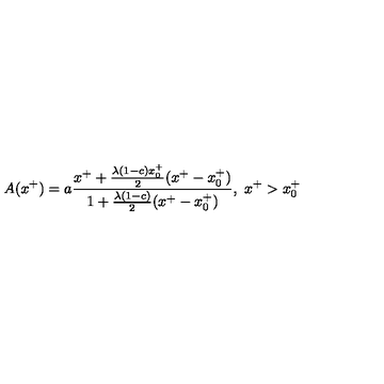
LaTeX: A ( x ^ { + } ) = a { \frac { x ^ { + } + { \frac { \lambda ( 1 - c ) x _ { 0 } ^ { + } } { 2 } } ( x ^ { + } - x _ { 0 } ^ { + } ) } { 1 + { \frac { \lambda ( 1 - c ) } { 2 } } ( x ^ { + } - x _ { 0 } ^ { + } ) } } , \ x ^ { + } > x _ { 0 } ^ { + }